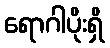
ရောဂါပိုးရှိ